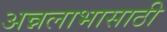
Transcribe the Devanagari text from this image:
अन्नलाभासाठी